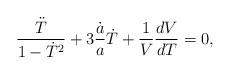
LaTeX: \begin{align*}\frac{\ddot T}{1-\dot T^2}+3\frac{\dot a}{a}\dot T+\frac{1}{V}\frac{dV}{dT}=0,\end{align*}